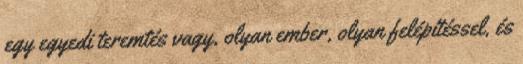
egy egyedi teremtés vagy, olyan ember, olyan felépítéssel, és